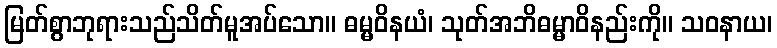
မြတ်စွာဘုရားသည်သိတ်မူအပ်သော။ ဓမ္မဝိနယံ၊ သုတ်အဘိဓမ္မာဝိနည်းကို။ သဝနာယ၊